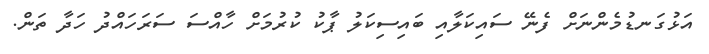
އަޅުގަނޑުމެންނަށް ފެނޭ ސައިކަލާއި ބައިސިކަލު ޕާކު ކުރުމަށް ހާއްސަ ސަރަހައްދު ހަދާ ތަން.